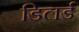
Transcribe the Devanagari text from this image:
डिलर्ड